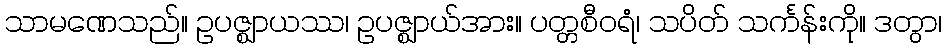
သာမဏေသည်။ ဥပဇ္ဈာယဿ၊ ဥပဇ္ဈာယ်အား။ ပတ္တစီဝရံ၊ သပိတ် သင်္ကန်းကို။ ဒတွာ၊